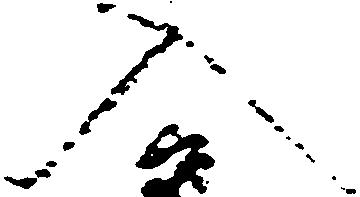
入